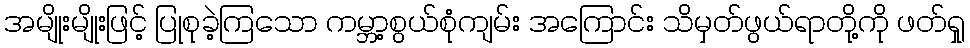
အမျိုးမျိုးဖြင့် ပြုစုခဲ့ကြသော ကမ္ဘာ့စွယ်စုံကျမ်း အကြောင်း သိမှတ်ဖွယ်ရာတို့ကို ဖတ်ရှု